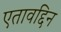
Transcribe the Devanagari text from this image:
एतावद्दिन